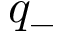
q _ { - }